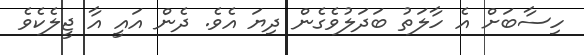
ހިސާބަށް އެ ހާލަތު ބަދަލުވެގެން ދިޔަ އެވެ. ދެން އައީ އާ ޖީލެކެވެ